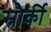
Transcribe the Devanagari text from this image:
स्नौर्की